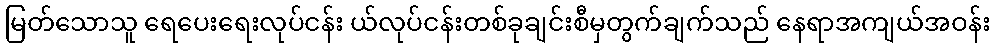
မြတ်သောသူ ရေပေးရေးလုပ်ငန်း ယ်လုပ်ငန်းတစ်ခုချင်းစီမှတွက်ချက်သည် နေရာအကျယ်အဝန်း